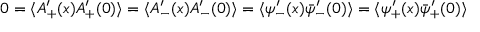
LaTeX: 0 = \langle A _ { + } ^ { \prime } ( x ) A _ { + } ^ { \prime } ( 0 ) \rangle = \langle A _ { - } ^ { \prime } ( x ) A _ { - } ^ { \prime } ( 0 ) \rangle = \langle { \psi } _ { - } ^ { \prime } ( x ) \bar { \psi } _ { - } ^ { \prime } ( 0 ) \rangle = \langle { \psi } _ { + } ^ { \prime } ( x ) \bar { \psi } _ { + } ^ { \prime } ( 0 ) \rangle